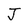
Character: J